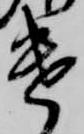
遣